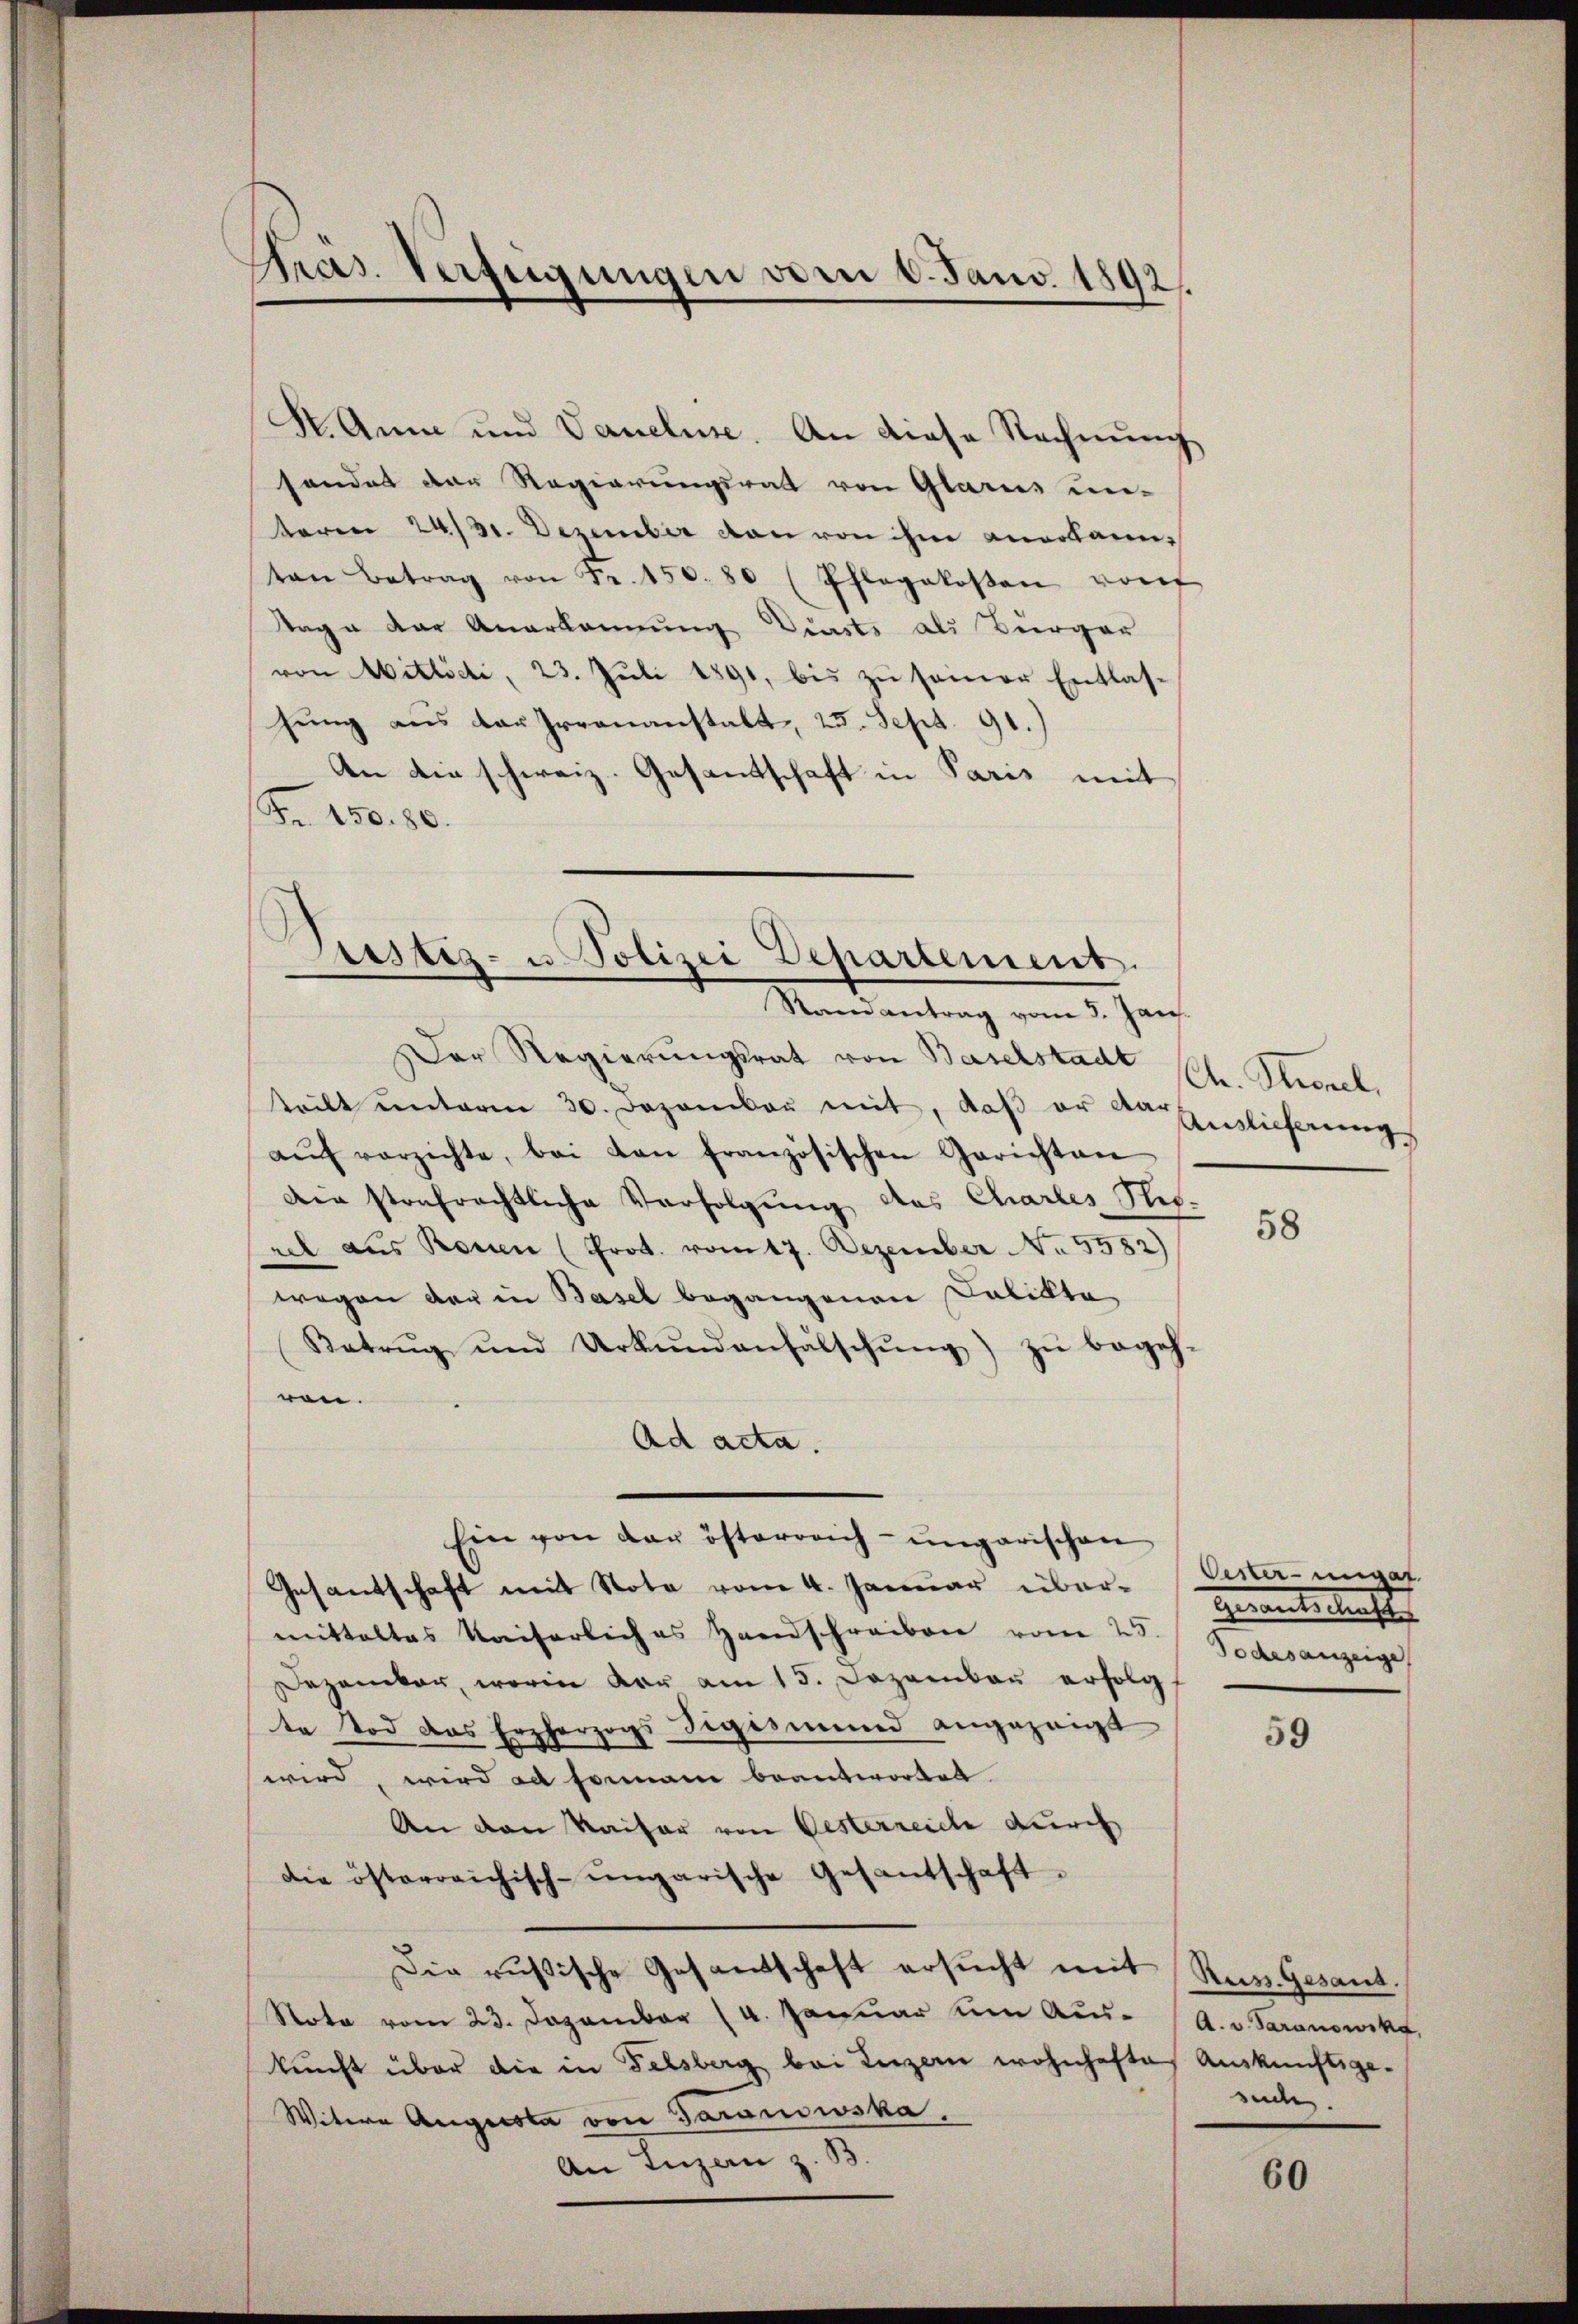
Präs. Verfügungen vom 1. Janv. 1892.

St. Anna und Vaneluse. An diese Rechnung
sendet der Regierungsrat von Glarus un-
teren 24/31. Dezember von von ihm anerkann,
ton Betrag von Fr. 150. 80 (Pflegekosten vorf
Tage der Anerkennung Durste als Bürger
von Mitlöchi, 23. Juli 1891, bis zu seiner Entlas-
hung aus der Irrenanstalt, 25. Sept. 91.)
An die schweiz. Gesandtschaft in Paris mit
Fr. 150. 80.

Prestiz- u. Polizei Departement.
Randantrag vom 3. Jan.

Der Regierungsrat von Baselstadt
teilt unterm 30. Dezember mit, daß er den Auslicherung
aŭf vorzichte, bei von französischen Gerichten
Die strafrechtliche Verfolgung des Chartes Nierel aus Rouen (Prot. vom 17. Dezember No. 5582)
wegen der in Basel begangenen Salicta
Betrug und Urkŭndenfälschŭng zŭ begeh-
ren.
Ad acta.
Ein von der österreich-ungarischen
Gesandschaft mit Note vom 4. Januar übermittaltes Kaiserliches Handschreiben vom 25.
Dezember, worin der am 15. Dezember erfolgt
te Tod das Erzherzogs digismund angezeigt
wird, wird ad sommann beantwortet.
An den Kaiser von Oesterreiche durch
die österreichisch-ungarische Gesantschaft
Die russische Gesandschaft ersŭcht mit
Note vom 23. Dezember (u. Januar um Aus- (A. v. Saranowska,
kŭnft über die in Felsberg bei Luzern wohnhafte Auskünftige
Witwe Augusta von Garanowska,
An Luzern z. B.

Ch. Sternel,

58

Oester-ungar
Herentschaft
Todesanzeige

59

Rus. Gesand.
suche.

60